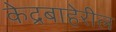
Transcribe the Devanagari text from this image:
केद्रबाहेरील